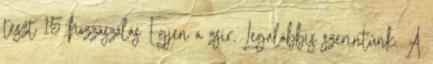
teszt 15 hozzászólás Égjen a zsír. Legalábbis szerintünk. A